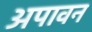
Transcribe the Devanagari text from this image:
अपावन